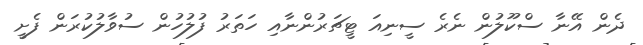
ދެން އޭނާ ސްކޫލުން ނެރެ ސީނިއަ ޓީޗަރުންނާއި ހަތަރު ފުލުހުން ސުވާލުކުރަން ފެށީ